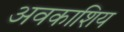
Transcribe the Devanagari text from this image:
अवकाशिय